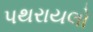
પથરાયલો